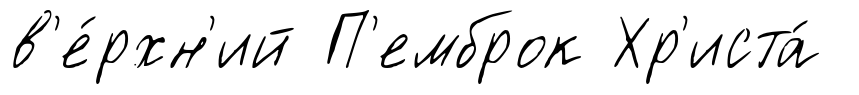
в'е́рхн'ий П'емброк Хр'иста́